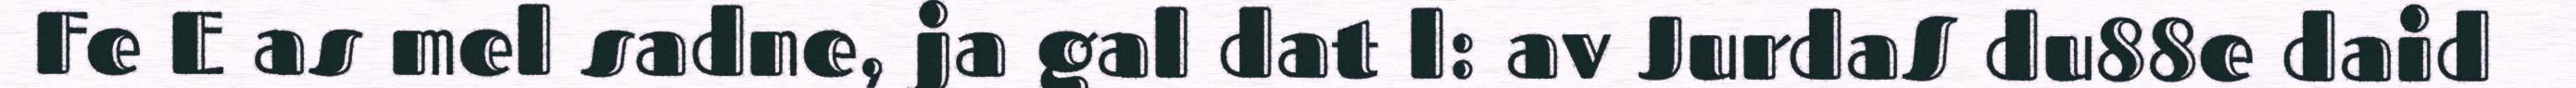
Fe E as mel sadne, ja gal dat l: av JurdaS du88e daid